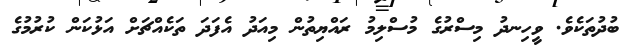
ބުދުތަކެވެ. ވީހިނދު މިސްރުގެ މުސްލިމު ރައްޔިތުން މިއަދު އެފަދަ ތަކެއްޗަށް އަޅުކަން ކުރުމުގެ